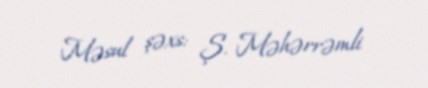
Məsul şəxs: Ş. Məhərrəmli